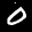
Label: 0